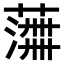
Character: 𫉰